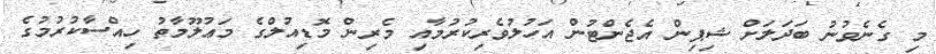
މި ގެނެވުނު ބަދަލަށް ޝިޕިން އެޖެންޓުން އަހުލުވެރިކުރުމާއި މެރިން މޮޑިއުލްގެ މަޢުލޫމާތު ހިއްސާކުރުމުގެ